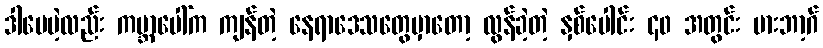
ဒါပေမဲ့လည်း ကမ္ဘာပေါ်က ကျန်တဲ့ နေရာဒေသတွေမှာတော့ လွန်ခဲ့တဲ့ နှစ်ပေါင်း ၄၀ အတွင်း မားဘာ့ဂ်